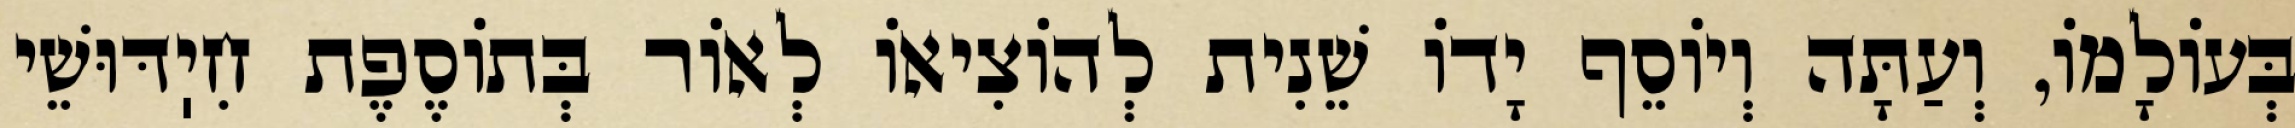
בְּעוֹלָמוֹ, וְעַתָּה וְיוֹסֵף יָדוֹ שֵׁנִית לְהוֹצִיאוֹ לְאוֹר בְּתוֹסֶפֶת חִיֽדּוּשֵׁי